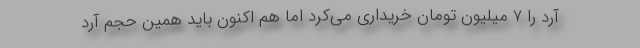
آرد را 7 میلیون تومان خریداری می‌کرد اما هم اکنون باید همین حجم آرد